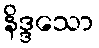
နိဒ္ဒသော